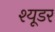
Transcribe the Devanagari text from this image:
श्यूडर